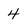
Character: 4